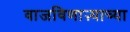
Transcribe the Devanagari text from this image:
वाजविणाऱ्याच्या